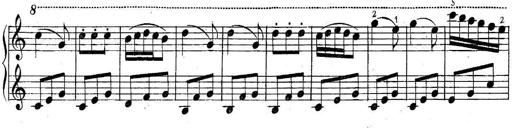
Title: 6 Easy Sonatinas
Composer: Carl Czerny